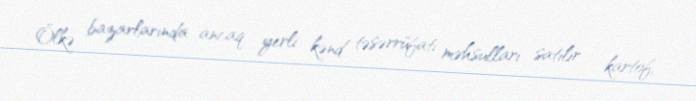
Ölkə bazarlarında ancaq yerli kənd təsərrüfatı məhsulları satılır - kartof,